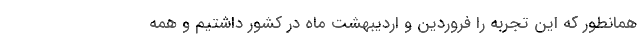
همانطور که این تجربه را فروردین و اردیبهشت ماه در کشور داشتیم و همه